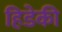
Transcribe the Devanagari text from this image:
हिडेकी